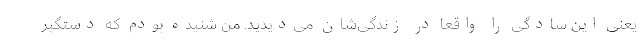
یعنی این سادگی را واقعا در زندگی‌شان می‌دیدید. من شنیده بودم که دستگیر